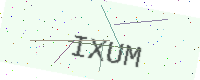
Text: IXUM